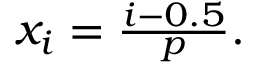
\begin{array} { r } { x _ { i } = \frac { i - 0 . 5 } { p } . } \end{array}